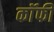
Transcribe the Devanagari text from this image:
कॉॅफी